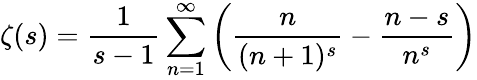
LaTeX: \zeta(s)={\frac{1}{s-1}}\sum_{n=1}^{\infty}\left({\frac{n}{(n+1)^{s}}}-{\frac{n-s}{n^{s}}}\right)